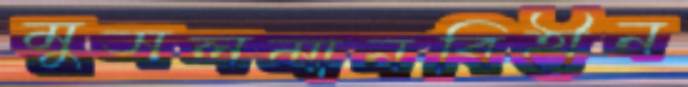
মুসলমানবিহীন